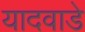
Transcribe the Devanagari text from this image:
यादवाडे